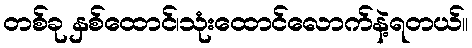
တစ်ခု နှစ်ထောင်၊သုံးထောင်လောက်နဲ့ရတယ်။